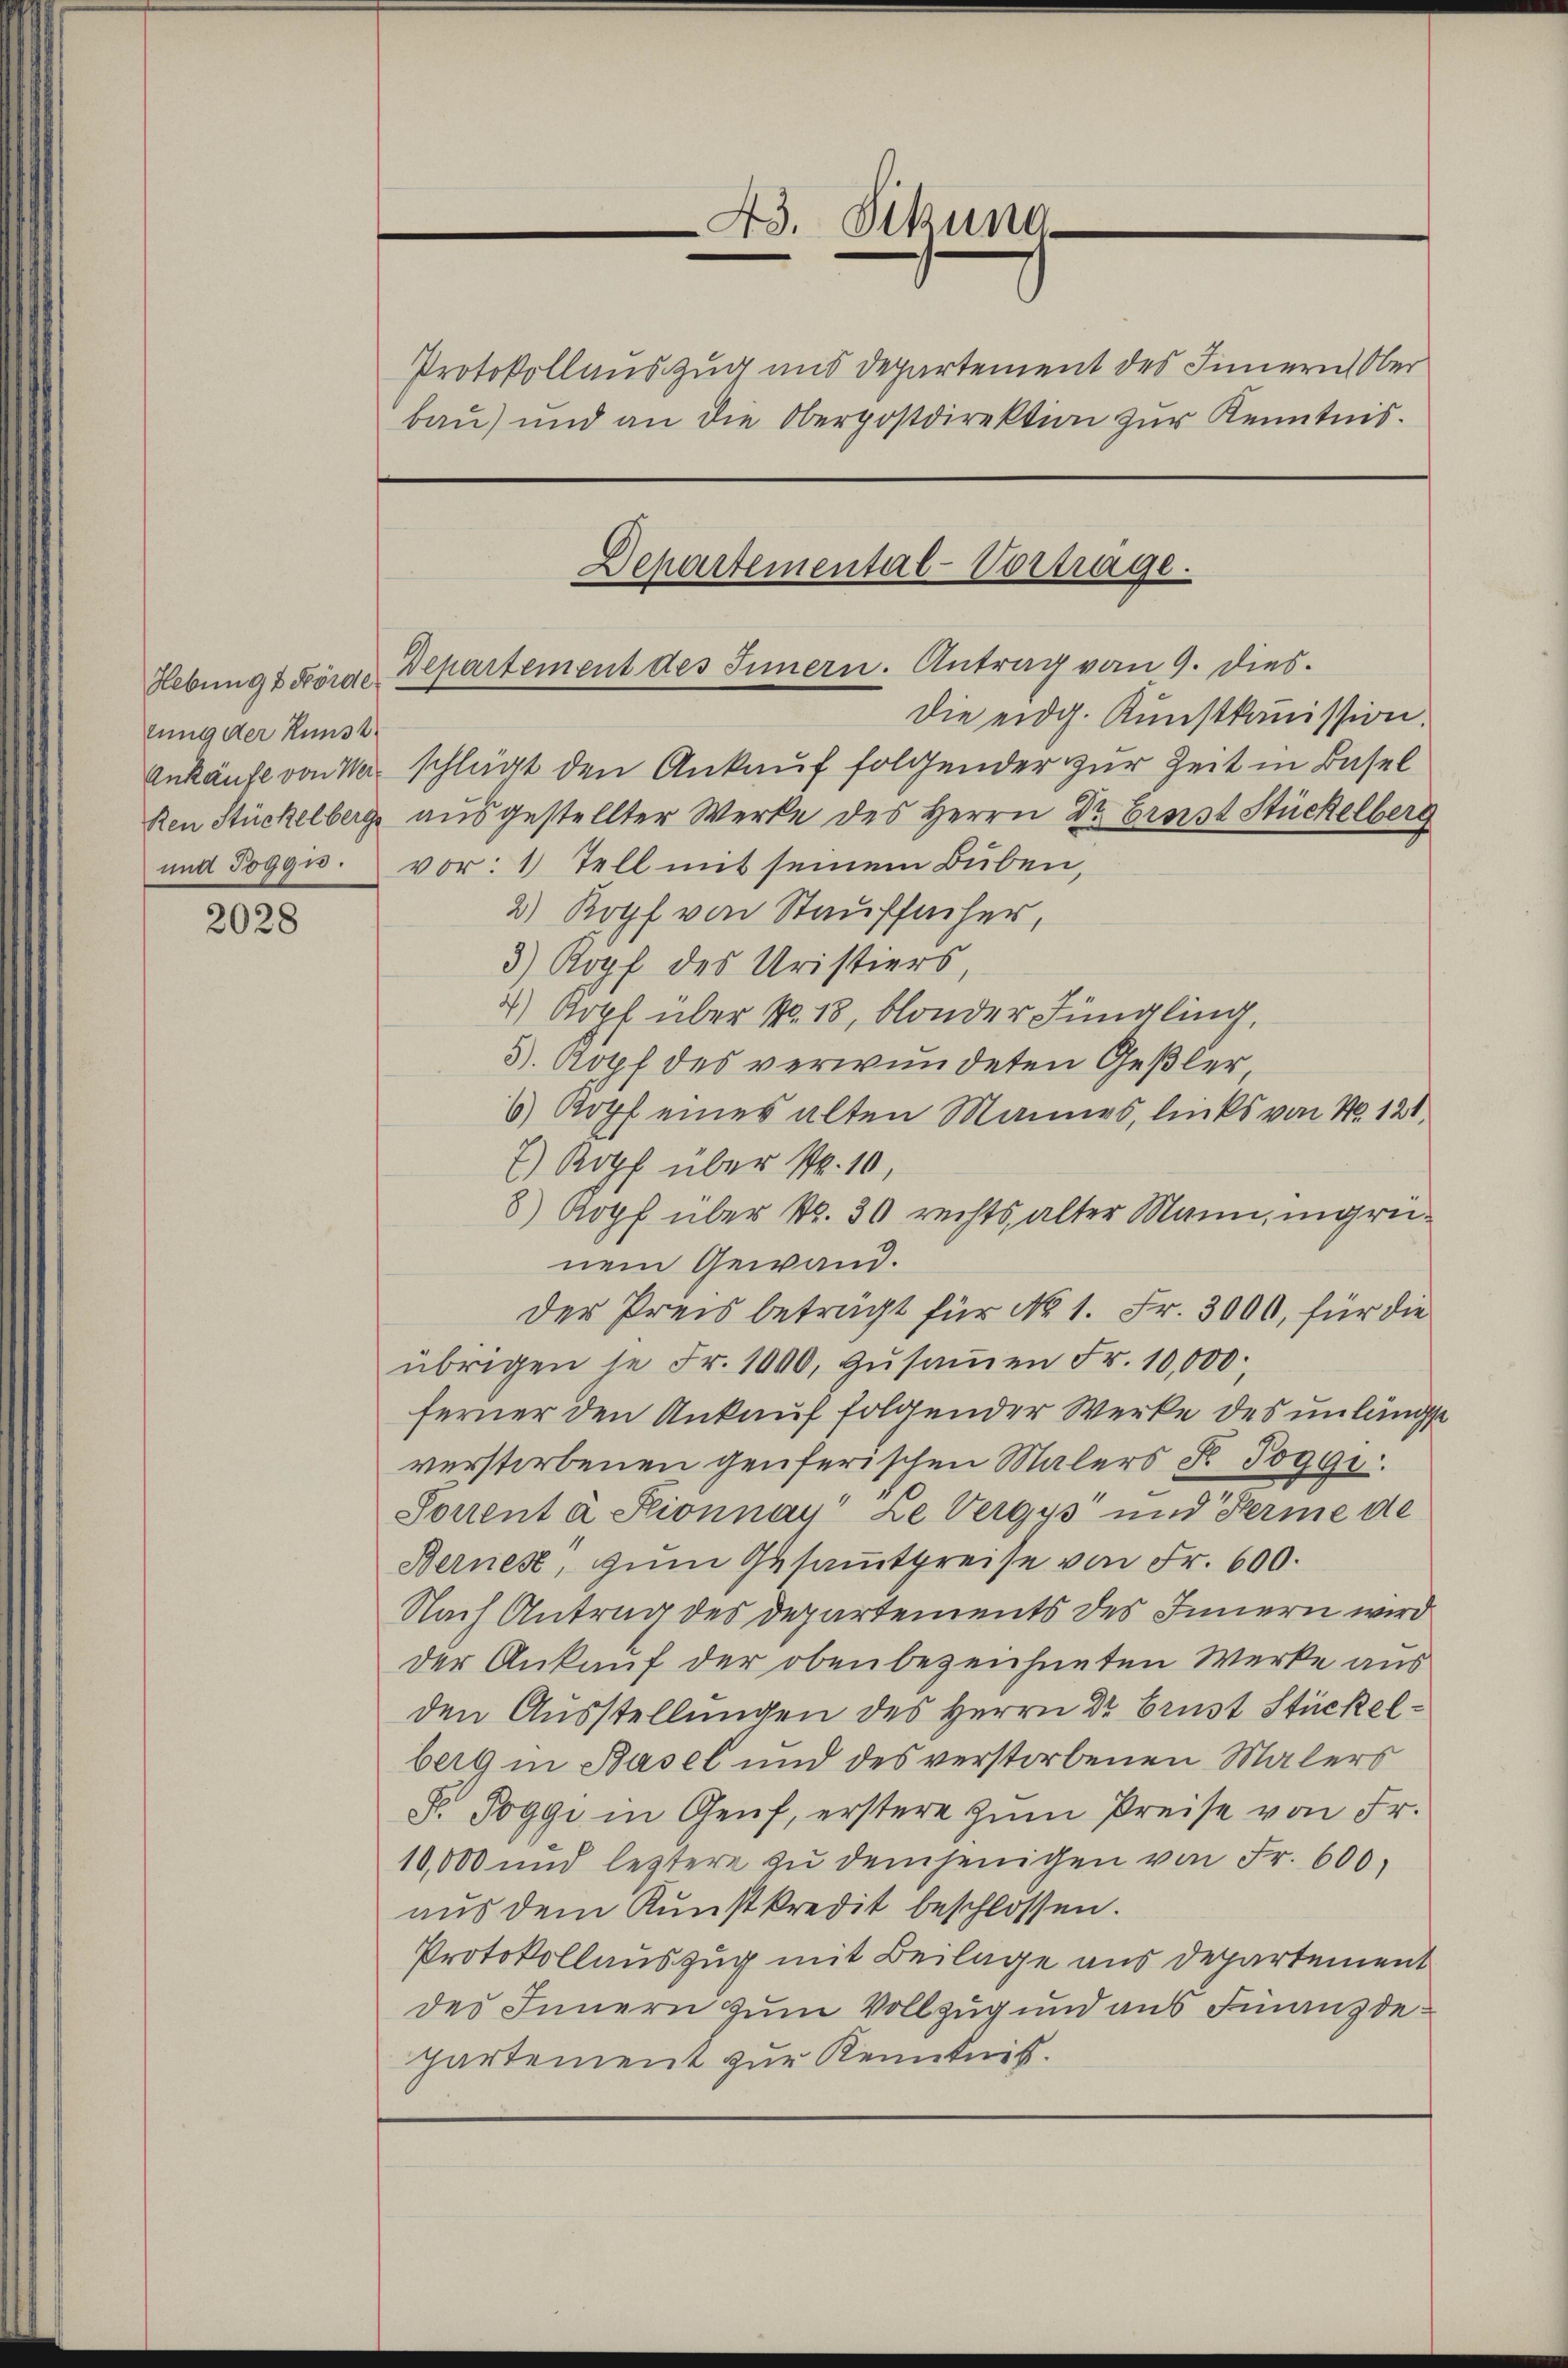
lung der Kunst

2028

bau) und an die Oberpostdirektion zur Kenntnis.

die eidg. Kunstkomission.
Ankäufe von Ne schlägt den Ankauf folgender zur Zeit in Basel
Ren Stückelberg ausgestellter Werke des Herrn Dr. Ernst Stückelberg
und Poggu. vor: 1) Tell mit seinem Buben,
2) Kopf von Stauffacher,
3) Kopf des Uristiers
4) Kopf über No. 18, blonder Jüngling,
3. Kopf des verwundeten Geßler
6) Kopf eines alten Mannes, links von No. 121.
7) Kopf über Nr. 10,
8) Kopf über Nr. 30 rechts, alter Mann, ingreinem Gewand.
Der Preis beträgt für No 1. Fr. 3000, für die
übrigen je Fr. 1000 zŭsaṁen Fr. 10,000
ferner den Ankauf folgender Werke des unlängst
verstorbenen genferischen Malers F. Poggi
Sonent à Stionnay" Le Vergys und Ferie de
Bernes, zum Gesammtpreise von Fr. 600.
Nach Antrag des Departements des Innern wird
der Ankauf der oben bezeichneten Werke aus
den Ausstellungen des Herrn Dr Brust Stückelberg in Basel und des verstorbenen Malers
F. Poggi in Genf, erstere zŭm Preise von Fr.
10,000 und leztere zu demjenigen von Fr. 600,
aus dem Kunstkredit beschlossen.
Protokollauszug mit Beilage aus Departement
des Innern zum Vollzug und aus Finanzdepartement zur Kenntnis.

43. Sitzung

Departemental-Vortrage.
Hebung & Förde Departement des Innern. Antrag vom 9. dies

Protokollauszug und Departement des Innern Ober